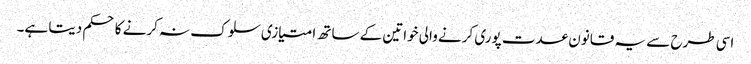
اسی طرح سے یہ قانون عدت پوری کرنے والی خواتین کے ساتھ امتیازی سلوک نہ کرنے کا حکم دیتا ہے۔